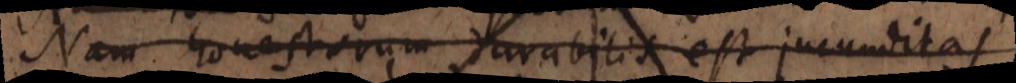
Nam honestorum durabilis est jucunditas